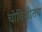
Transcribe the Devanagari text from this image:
चोविशीतच